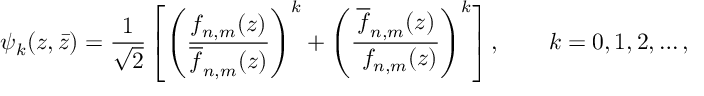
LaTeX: \psi _ { k } ( z , \bar { z } ) = { \frac { 1 } { \sqrt 2 } } \left[ \left( { \frac { f _ { n , m } ( z ) } { \overline { { f } } _ { n , m } ( z ) } } \right) ^ { k } + \left( { \frac { \overline { { { f } } } _ { n , m } ( z ) } { \ f _ { n , m } ( z ) } } \right) ^ { k } \right] , \qquad k = 0 , 1 , 2 , \ldots ,